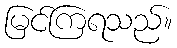
မြင်ကြရသည်။